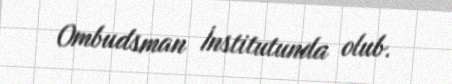
Ombudsman İnstitutunda olub.